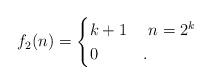
LaTeX: \begin{align*} f_2(n) = \begin{cases} k+1 & \ n = 2^k\ \\ 0 & . \end{cases} \end{align*}